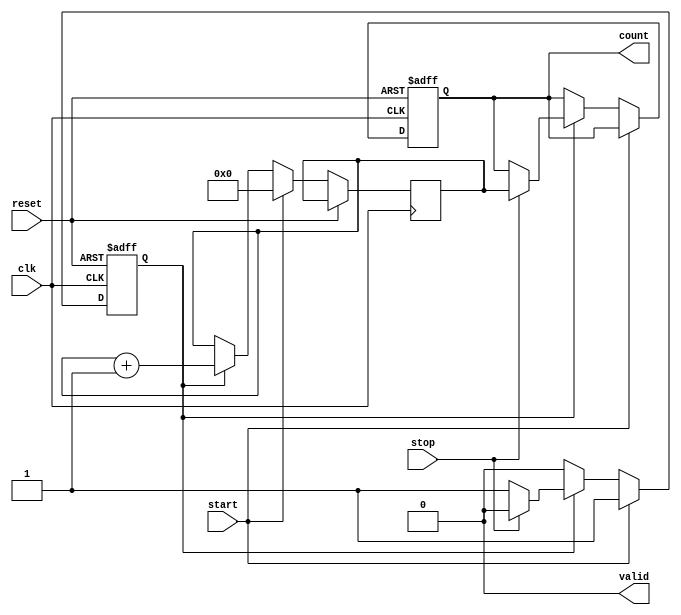
module tdc_delay_line #(
    parameter DELAY_UNITS = 16, // Number of delay elements
    parameter COUNTER_WIDTH = 4  // Width of the counter (enough to count DELAY_UNITS)
)(
    input wire clk,               // System clock
    input wire reset,             // Reset signal
    input wire start,             // Start signal
    input wire stop,              // Stop signal
    output reg [COUNTER_WIDTH-1:0] count, // Count output
    output reg valid              // Valid signal indicating count is ready
);

// Internal signals
reg [COUNTER_WIDTH-1:0] counter; // Counter for delay elements
reg measuring;                   // Flag to indicate if measuring is active

// Delay line simulation (using a simple shift register approach)
reg [DELAY_UNITS-1:0] delay_line; // Delay line representing delay elements

// Initial block for reset
initial begin
    count = 0;
    valid = 0;
    measuring = 0;
    delay_line = 0;
end

// Control logic for measuring
always @(posedge clk or posedge reset) begin
    if (reset) begin
        count <= 0;
        valid <= 0;
        measuring <= 0;
        delay_line <= 0;
    end else begin
        if (start) begin
            // Initialize counter and start measuring
            counter <= 0;
            measuring <= 1;
            valid <= 0;
            delay_line <= 1; // Activate the first delay element
        end else if (measuring) begin
            // Shift delay line and increment counter
            delay_line <= {delay_line[DELAY_UNITS-2:0], 1'b0}; // Shift left
            counter <= counter + 1;

            // Check if stop signal is received
            if (stop) begin
                measuring <= 0; // Stop measuring
                count <= counter; // Store the count
                valid <= 1; // Indicate valid count
                delay_line <= 0; // Reset delay line
            end
        end
    end
end

// Output logic for valid signal
always @(posedge clk) begin
    if (valid) begin
        // Reset valid signal after reading the count
        valid <= 0;
    end
end

endmodule